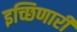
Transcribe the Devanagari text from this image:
इच्छिणारी